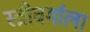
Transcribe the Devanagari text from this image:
स्त्रीवर्गाला